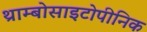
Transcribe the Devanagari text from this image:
थ्राम्बोसाइटोपीनिक